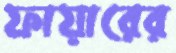
ফায়ারের